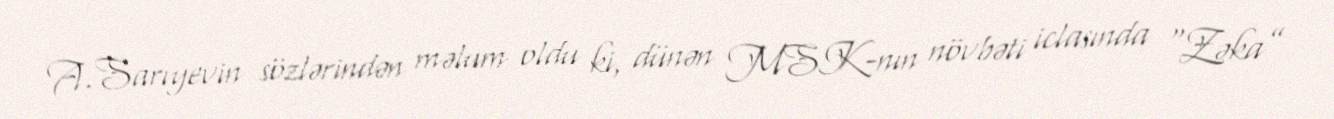
A.Sarıyevin sözlərindən məlum oldu ki, dünən MSK-nın növbəti iclasında “Zəka”